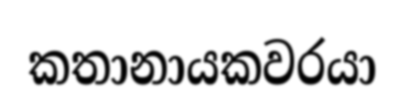
කතානායකවරයා